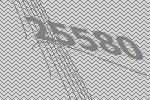
25580